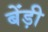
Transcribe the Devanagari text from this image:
बेंड़ी